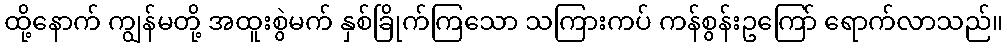
ထို့နောက် ကျွန်မတို့ အထူးစွဲမက် နှစ်ခြိုက်ကြသော သကြားကပ် ကန်စွန်းဥကြော် ရောက်လာသည်။